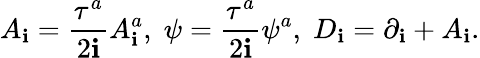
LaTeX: A_{\mathbf{i}}=\frac{{\tau^{a}}}{{2\mathbf{i}}}A_{\mathbf{i}}^{a},\; \psi=\frac{{\tau^{a}}}{{2\mathbf{i}}}\psi^{a},\; D_{\mathbf{i}}=\partial_{\mathbf{i}}+A_{\mathbf{i}}.